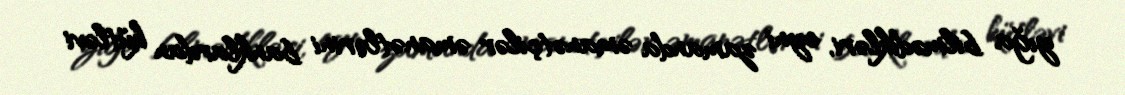
yığa bilmədikləri, eyni zamanda əmanətçilər əmanətlərini banklardan kütləvi